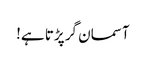
آسمان گر پڑتا ہے!